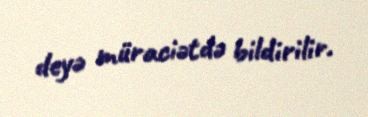
deyə müraciətdə bildirilir.